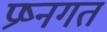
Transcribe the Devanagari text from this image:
प्रष्नगत